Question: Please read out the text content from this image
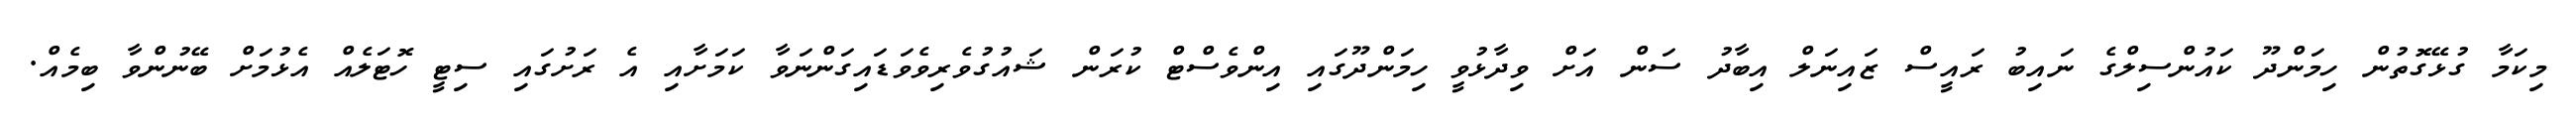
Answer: މިކަމާ ގުޅޭގޮތުން ހިމަންދޫ ކައުންސިލްގެ ނައިބު ރައީސް ޒައިނަލް އިބާދު ސަން އަށް ވިދާޅުވީ ހިމަންދޫގައި އިންވެސްޓް ކުރަން ޝައުގުވެރިވެވަޑައިގަންނަވާ ކަމަށާއި އެ ރަށުގައި ސިޓީ ހޮޓަލެއް އެޅުމަށް ބޭނުންވާ ބިމެއް.